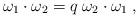
LaTeX: \begin{align*}\omega_1 \cdot \omega_2 = q\; \omega_2 \cdot \omega_1\; ,\end{align*}